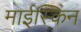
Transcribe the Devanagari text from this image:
माईस्किन